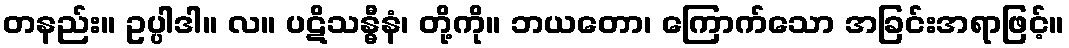
တနည်း။ ဥပ္ပါဒါ။ လ။ ပဋိသန္ဓီနံ၊ တို့ကို။ ဘယတော၊ ကြောက်သော အခြင်းအရာဖြင့်။